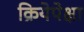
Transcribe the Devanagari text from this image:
क्रियेपेक्षा